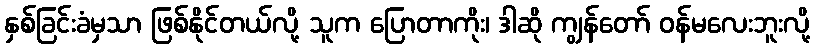
နှစ်ခြင်းခံမှသာ ဖြစ်နိုင်တယ်လို့ သူက ပြောတာကိုး၊ ဒါဆို ကျွန်တော် ဝန်မလေးဘူးလို့